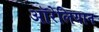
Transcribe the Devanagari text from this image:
ऑरेलियान